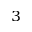
_ 3